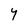
Character: Y